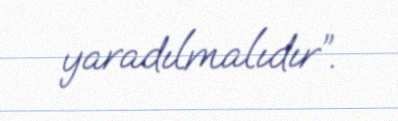
yaradılmalıdır”.